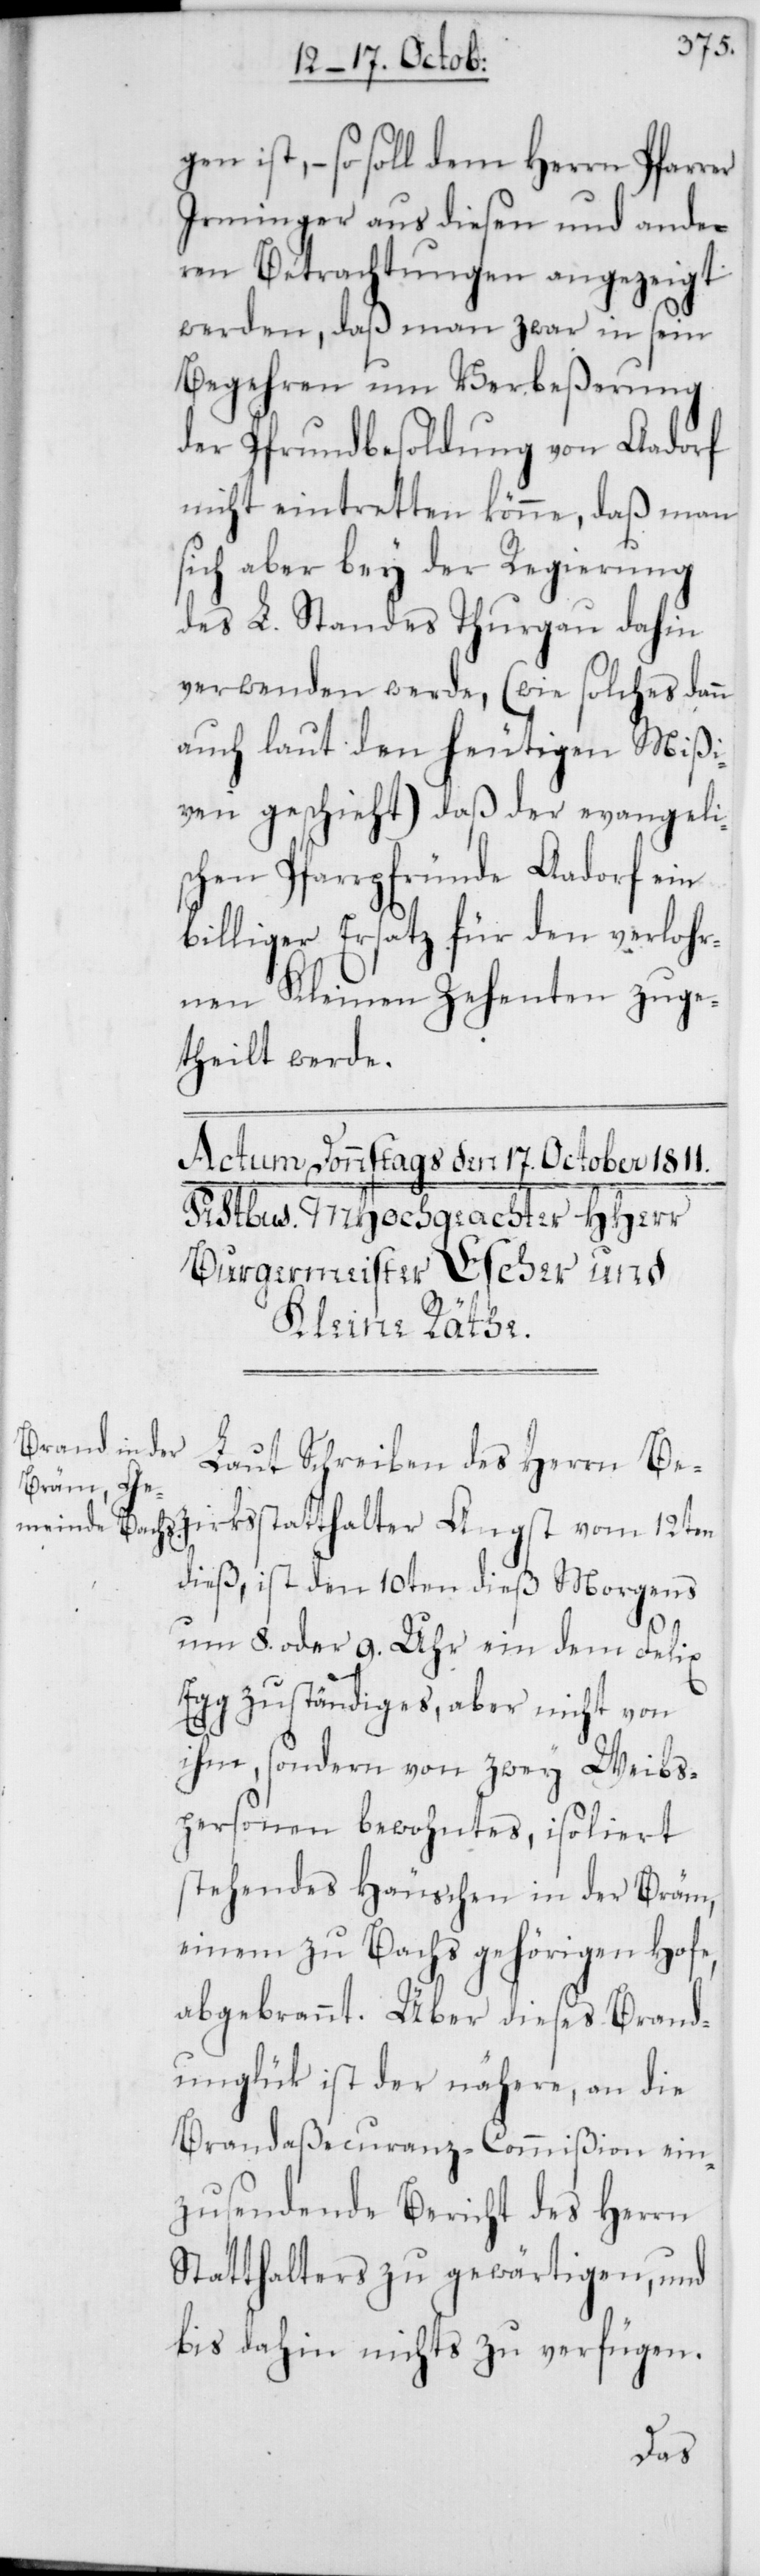
gen ist, – so soll dem Herrn Pfarrer
Irminger aus diesen und ande¬
ren Betrachtungen angezeigt
werden, daß man zwar in seyn
Begehren um Verbeßerung
der Pfrundbesoldung von Aadorf
nicht eintretten könne, daß man
sich aber bey der Regierung
des L. Standes Thurgau dahin
verwenden werde, (wie solches dann
auch laut den heutigen Mißi¬
ven geschieht) daß der evangeli¬
schen Pfarrpfründe Aadorf ein
billiger Ersatz für den verlohr¬
nen Kleinen Zehenten zuge¬
theilt werde.
zirksstatthalter Angst
Laut Schreiben des Herrn Be¬
dieß, ist den 10ten dieß morgens
um 8. oder 9. Uhr ein dem Felix
Egg zuständiges, aber nicht von
ihm, sondern von zwei Weibs¬
personen bewohntes, isoliert
stehendes Häuschen in der Bräm,
einem zu Bachs gehörigen Hofe,
abgebrannt. Über dieses Brand¬
unglük ist der nähere, an die
Brandaßecuranz-Commißion ein¬
zusendende Bericht des Herrn
Statthalters zu gewärtigen, und
bis dahin nichts zu verfügen.